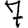
Digit: 7